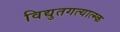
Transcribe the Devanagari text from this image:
विद्युतगत्यात्म्क